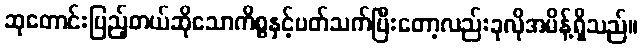
ဆုတောင်းပြည့်တယ်ဆိုသောကိစ္စနှင့်ပတ်သက်ပြီးတော့လည်းခုလိုအမိန့်ရှိသည်။